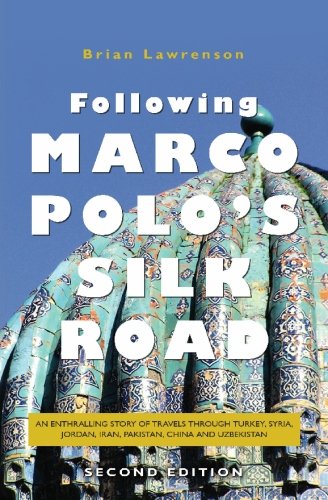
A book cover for Following Marco Polo's Silk Road: An enthralling story of travels through Turkey, Syria, Jordan, Iran, Pakistan, China and Uzbekistan (Second Edition); Brian Lawrenson; Travel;